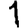
Digit: 1